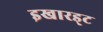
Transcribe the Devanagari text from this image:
इखारड्ट